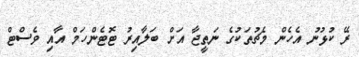
ރޭ ކުޅުނު އެހެން މެޗުތަކުގެ ނަތީޖާ އަށް ބަލާއިރު ޓޮޓެންހަމް އާއި ވެސްޓް